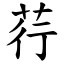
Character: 荇